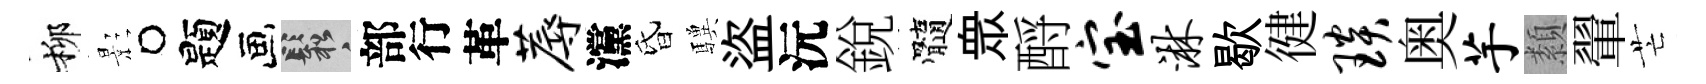
柳影题鬆部行革蓐灙昏驥盜沅銳髓衆酹宝淋歇徤琰奥芋纇翬芒